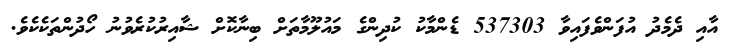
އާއި ދެމެދު އުފަންވެފައިވާ 537303 ޑެންމާކު ކުދިންގެ މައުލޫމާތަށް ބިނާކޮށް ޝާއިރުކުރެވުނު ހޯދުންތަކެެކެވެ.